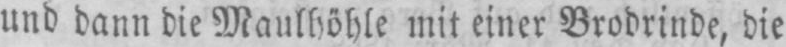
und dann die Maulhöhle mit einer Brodrinde, die